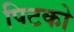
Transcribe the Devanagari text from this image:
पिटको